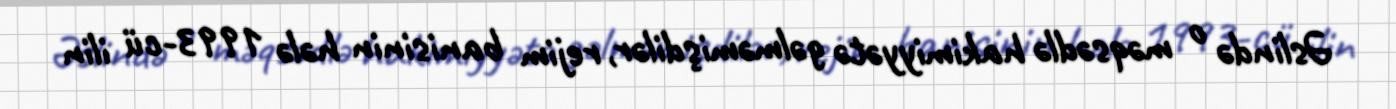
Əslində o məqsədlə hakimiyyətə gəlməmişdilər, rejim banisinin hələ 1993-cü ilin